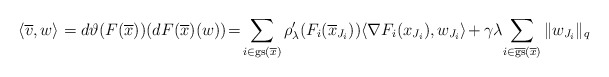
\begin{align*} \!\langle\overline{v},w\rangle=d\vartheta(F(\overline{x}))(dF(\overline{x})(w)) \!=\!\sum_{i\in{\rm gs}(\overline{x})}\rho_{\lambda}'(F_i(\overline{x}_{J_i}))\langle\nabla F_i(x_{J_i}),w_{J_i}\rangle\!+\gamma\lambda\!\sum_{i\in\overline{{\rm gs}}(\overline{x})}\|w_{J_i}\|_q \end{align*}